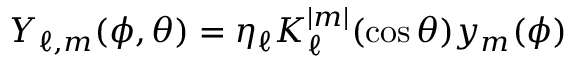
Y _ { \ell , m } ( \phi , \theta ) = \eta _ { \ell } K _ { \ell } ^ { | m | } ( \cos \theta ) y _ { m } ( \phi )